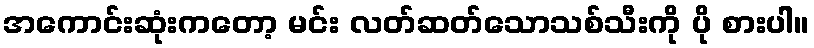
အကောင်းဆုံးကတော့ မင်း လတ်ဆတ်သောသစ်သီးကို ပို စားပါ။